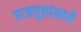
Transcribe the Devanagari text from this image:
राजपुतांमध्ये